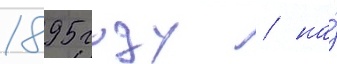
1895 году / на́